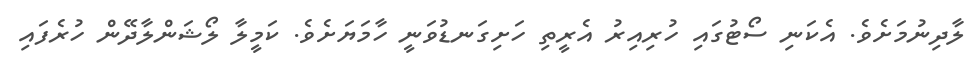
ލާދިނުމަށެވެ. އެކަނި ސޯޓުގައި ހުރިއިރު އެރީތި ހަށިގަނޑުވަނީ ހާމަޔަށެވެ. ކަމީލާ ލޯޝަންލާދޭން ހުރެފައި